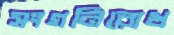
সংগনিরোধ